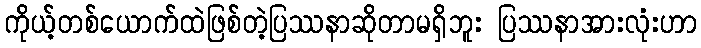
ကိုယ့်တစ်ယောက်ထဲဖြစ်တဲ့ပြဿနာဆိုတာမရှိဘူး ပြဿနာအားလုံးဟာ